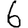
Digit: 6